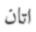
اتان